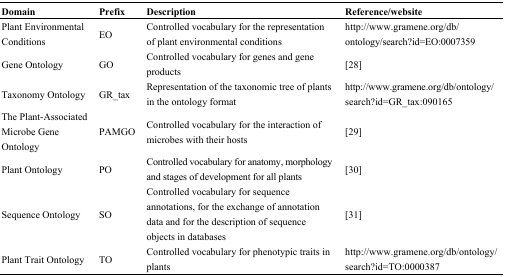
<table><thead><tr><td><b>Domain</b></td><td><b>Prefix</b></td><td><b>Description</b></td><td><b>Reference/website</b></td></tr></thead><tbody><tr><td>Plant Environmental Conditions</td><td>EO</td><td>Controlled vocabulary for the representation of plant environmental conditions</td><td>http://www.gramene.org/db/ontology/search?id=EO:0007359</td></tr><tr><td>Gene Ontology</td><td>GO</td><td>Controlled vocabulary for genes and gene products</td><td>[28]</td></tr><tr><td>Taxonomy Ontology</td><td>GR_tax</td><td>Representation of the taxonomic tree of plants in the ontology format</td><td>http://www.gramene.org/db/ontology/search?id=GR_tax:090165</td></tr><tr><td>The Plant-Associated Microbe Gene Ontology</td><td>PAMGO</td><td>Controlled vocabulary for the interaction of microbes with their hosts</td><td>[29]</td></tr><tr><td>Plant Ontology</td><td>PO</td><td>Controlled vocabulary for anatomy, morphology and stages of development for all plants</td><td>[30]</td></tr><tr><td>Sequence Ontology</td><td>SO</td><td>Controlled vocabulary for sequence annotations, for the exchange of annotation data and for the description of sequence objects in databases</td><td>[31]</td></tr><tr><td>Plant Trait Ontology</td><td>TO</td><td>Controlled vocabulary for phenotypic traits in plants</td><td>http://www.gramene.org/db/ontology/search?id=TO:0000387</td></tr></tbody></table>